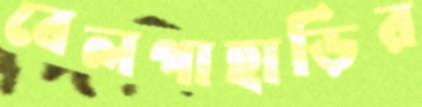
বেলপাহাড়ির